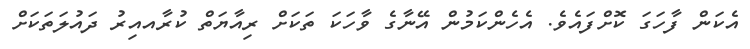
އެކަން ފާހަގަ ކޮށްފައެވެ. އެހެންކަމުން އޭނާގެ ވާހަކަ ތަކަށް ރިއާޔަތް ކުރާއއިރު ދައުލަތަކަށް